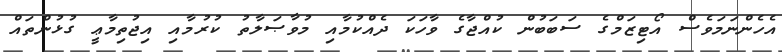
އެހެންނަމަވެސް އޯޓިޒަމްގެ ސަބަބުން ކުއްޖާގެ ވާހަކަ ދެއްކުމާއި މުވާޞަލާތު ކުރުމާއި އިޖުތިމާޢީ ގުޅުންތައް